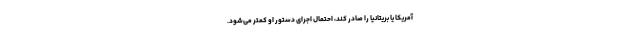
آمریکا یا بریتانیا را صادر کند، احتمال اجرای دستور او کمتر می‌شود.